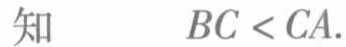
知\(\quad BC < CA\)